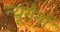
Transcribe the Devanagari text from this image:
न्यूरौनों